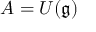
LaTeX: A = U ( { \mathfrak { g } } )